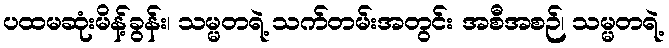
ပထမဆုံးမိန့်ခွန်း၊ သမ္မတရဲ့ သက်တမ်းအတွင်း အစီအစဉ်၊ သမ္မတရဲ့